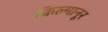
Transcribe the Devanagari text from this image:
किल्मानूर